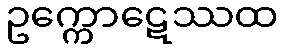
ဥက္ကောဋေဿထ